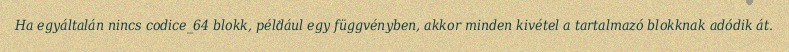
Ha egyáltalán nincs codice_64 blokk, például egy függvényben, akkor minden kivétel a tartalmazó blokknak adódik át.